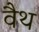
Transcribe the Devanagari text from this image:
वैथ